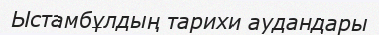
Ыстамбұлдың тарихи аудандары